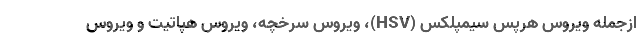
ازجمله ویروس هرپس سیمپلکس (HSV)، ویروس سرخچه، ویروس هپاتیت و ویروس